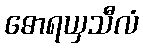
ဓောရယှသီလံ